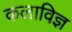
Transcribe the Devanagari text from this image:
कलाविज्ञ